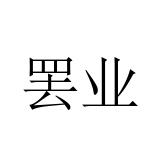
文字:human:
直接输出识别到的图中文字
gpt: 罢业